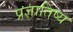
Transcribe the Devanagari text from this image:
प्रज्ञातिष्य